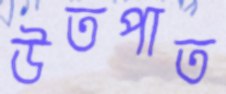
উতপাত